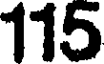
115